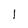
Character: l